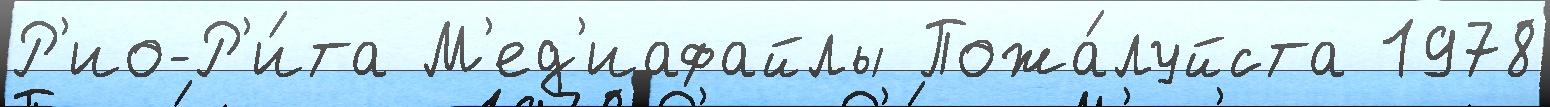
Р'ио-Р'и́та М'ед'иафайлы Пожа́луйста 1978